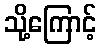
သို့ကြောင့်